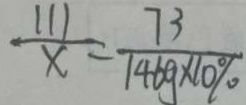
\frac { 1 1 1 } { x } = \frac { 7 3 } { 1 4 6 g \times 1 0 \% }